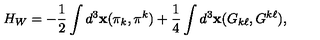
H _ { W } = - \frac { 1 } { 2 } \int d ^ { 3 } { \bf x } ( \pi _ { k } , \pi ^ { k } ) + \frac { 1 } { 4 } \int d ^ { 3 } { \bf x } ( G _ { k \ell } , G ^ { k \ell } ) ,